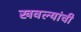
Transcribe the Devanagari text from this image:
खवल्यांची